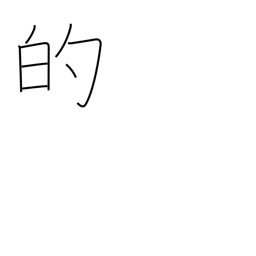
Meaning: adjective ending